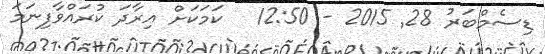
ޑިސެމްބަރު 28